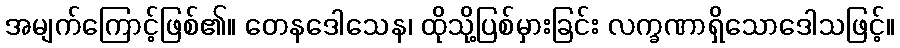
အမျက်ကြောင့်ဖြစ်၏။ တေနဒေါသေန၊ ထိုသို့ပြစ်မှားခြင်း လက္ခဏာရှိသောဒေါသဖြင့်။